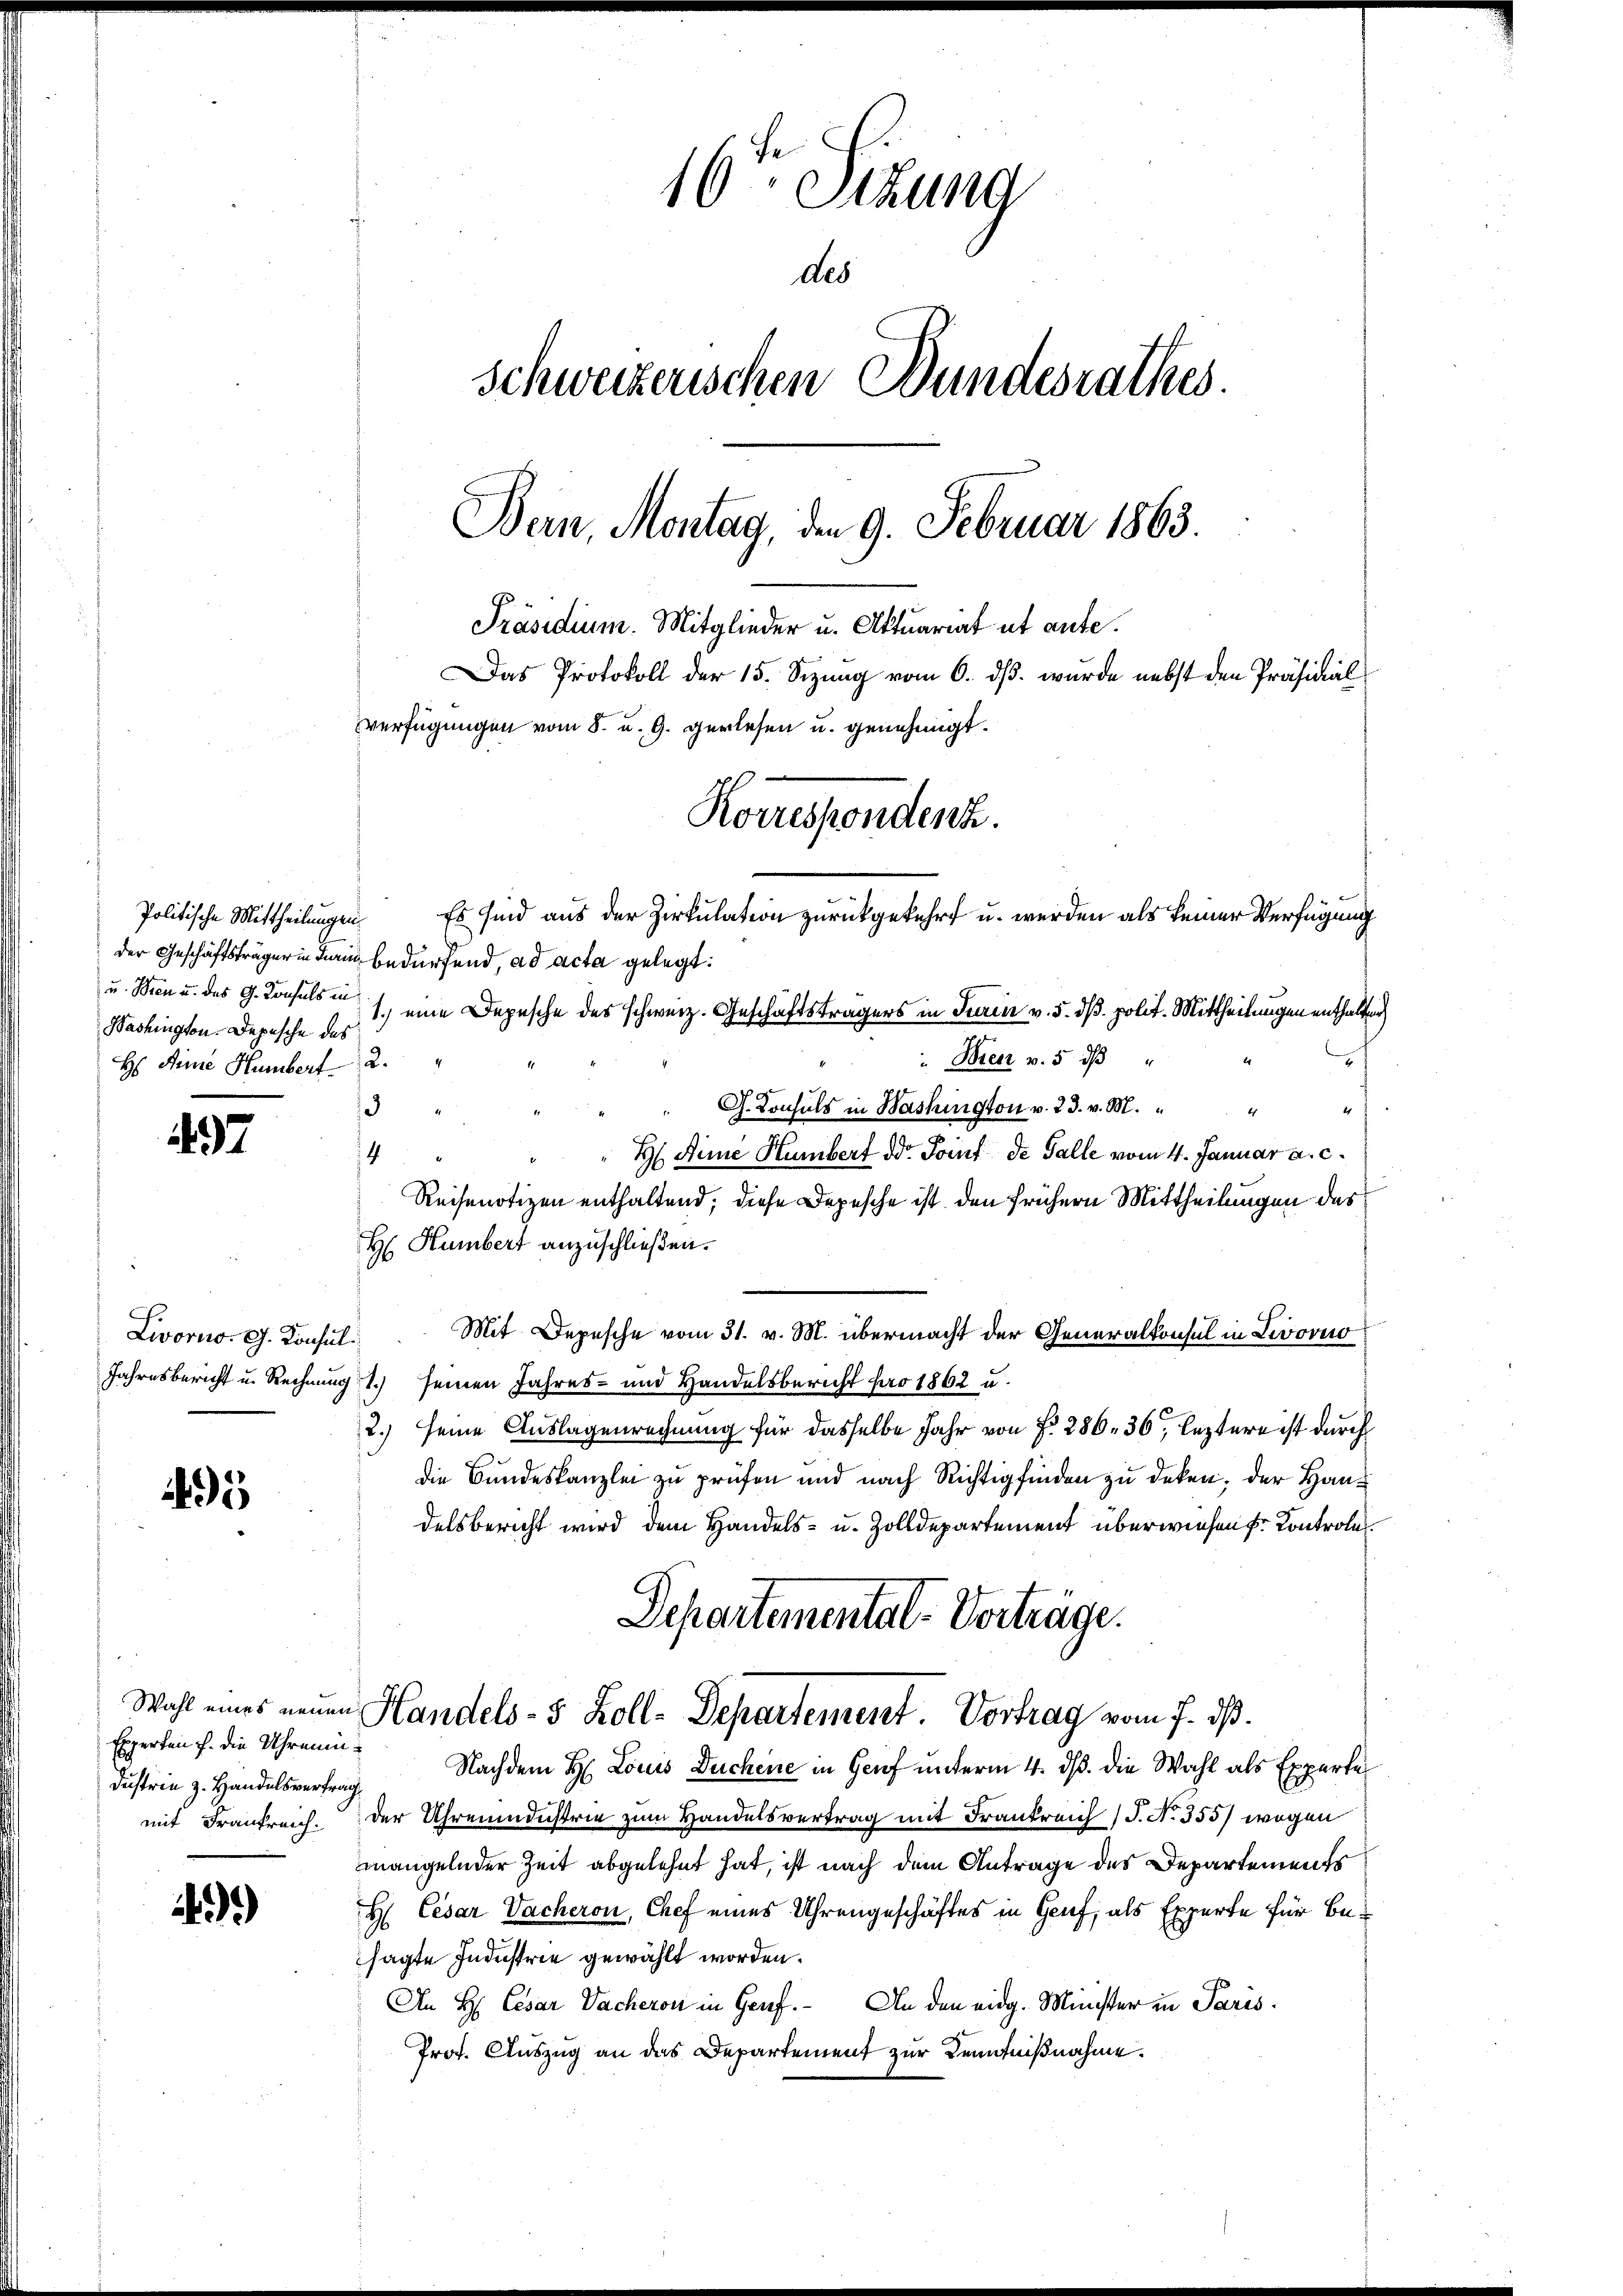
Politische Mittheilungen
Washington. Depesche des
H: Aine Humber 2

97

Livorno. G. Konsul¬

5

Experten f. die Uhrenindustrie z. Handelsvertrag

)

der Geschäftsträgerin darin bedürfend, ad acta gelegt:
u. Wien u. des G. Konsuls in eine Depesche des schweiz. Geschäftsträgers in Turin v. 5. dß. polit. Mittheilungen enthalten
" Herr v. 5. dβ "
3
G. Konsuls in Bashington v. 23. v. M.
H Aeine Humber dd. Point de Falle vom 4. Januar a. c.
4
e
Reisenotizen enthaltend, diese Depesche ist den frühern Mittheilungen des
H: Humbert anzuschließen.
Mit Depesche vom 31. v. M. übermacht der Generalkonsul in Livorno
Jahresbericht u. Rechnung 1.) seinen Jahres- und Handelsbericht pro 1862 u.
2.) seine Auslagenrechnung für dasselbe Jahr von § 286. 36, leztere ist durch
die Bundeskanzlei zu prüfen und nach Richtig finden zu deken, der Handelsbericht wird dem Handels- u. Zolldepartement überwiesen Kontrole
Separtementat-Verträge.
Wahl eines neuen Handels- 5 Zoll-Departement Vortrag vom 7. dß.
Nachdem H. Louis Duchene in Genf unterm 4. ds. die Wahl als Experte
mit Frankreich. Der Uhrendustrie zum Handelsvertrag mit Frankreich (S. No 355) wogen
mangelnder Zeit abgelehnt hat, ist nach dem Antrage des Departements
H Cesar Dacheron, Chef eines Uhrengeschäftes in Genf, als Experte für Besagte Industrie gewählt worden.
An H. Cesar Dacheron in Genf. An den eidg. Minister in Paris
Prof. Auszug an das Departement zur Kenntnißnahme.

16 Sttung
des
Schweizerischen Bundesrathes.
Bern, Montag, den 9. Februar 1863.
Präsidium. Mitglieder u. Aktuariat ut aufe.
Das Protokoll der 15. Sizung vom 6. ds. wurde nebst den Präsidial
verfügungen vom 8. u. 9. verlesen u. genehmigt.

Korrespondenh
Es sind aus der Zirkulation zurückgekehrt u. werden als keiner Verfügung